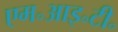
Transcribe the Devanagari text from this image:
एम॰आइ॰टी॰